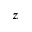
z